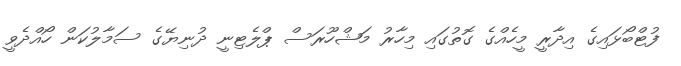
ފުޓްބޯޅައިގެ އިދާރީ މީހެއްގެ ގޮތުގައި މިހާރު މަޝްހޫރަސް ޕްލެޓިނީ ދުނިޔޭގެ ސަމާލުކަން ހޯއްދެވީ